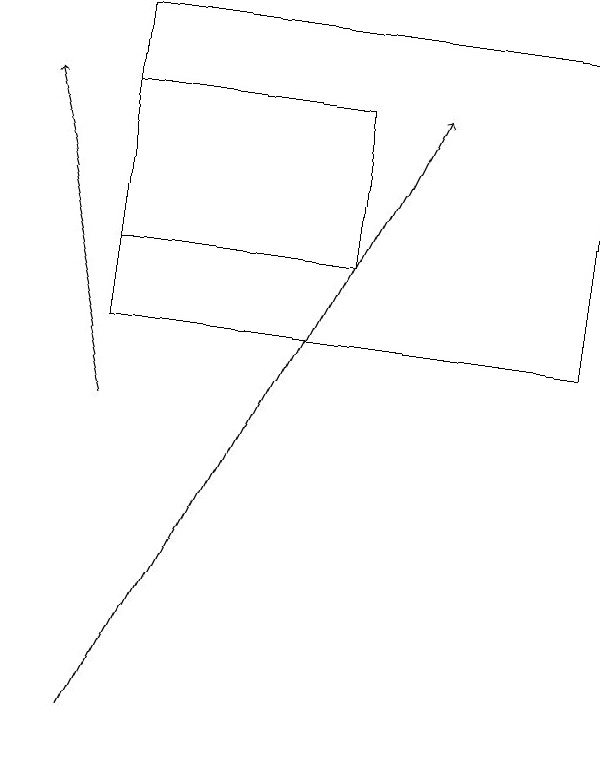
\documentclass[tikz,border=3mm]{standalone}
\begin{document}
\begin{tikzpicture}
\draw (1,19) rectangle (7,15);
\draw (4,16) rectangle (1,18);
\draw[->] (1,14) -- (0,18);
\draw[->] (1,10) -- (5,18);
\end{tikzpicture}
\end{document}